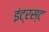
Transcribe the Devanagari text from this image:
इंट्रस्ट